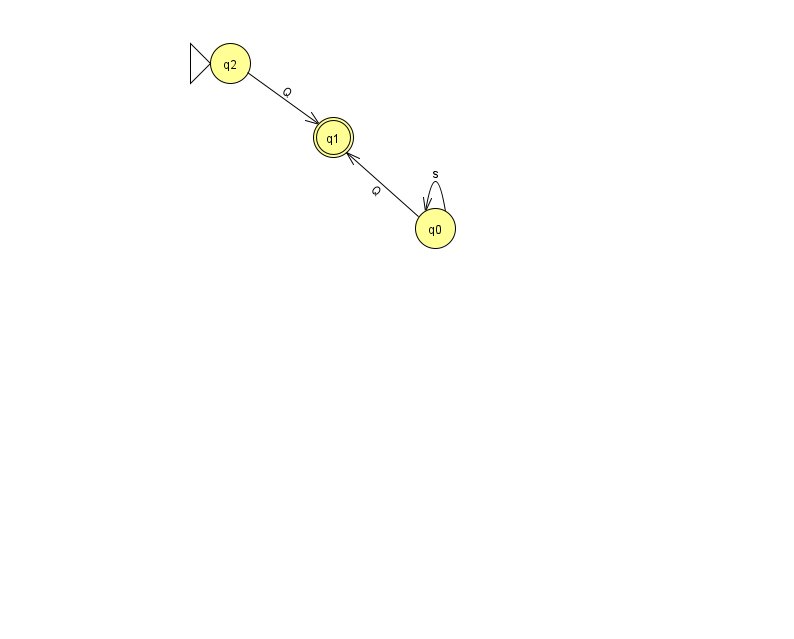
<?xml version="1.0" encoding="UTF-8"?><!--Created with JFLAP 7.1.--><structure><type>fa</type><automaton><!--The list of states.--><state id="0" name="q0"><x>435.0</x><y>215.0</y></state><state id="1" name="q1"><x>333.0</x><y>124.0</y><final/></state><state id="2" name="q2"><x>230.0</x><y>50.0</y><initial/></state><!--The list of transitions.--><transition><from>2</from><to>1</to><read>Q</read></transition><transition><from>0</from><to>0</to><read>s</read></transition><transition><from>0</from><to>1</to><read>Q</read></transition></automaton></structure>